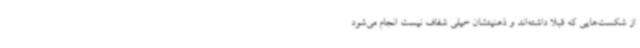
از شکست‌هایی که قبلا داشته‌اند و ذهنیتشان خیلی شفاف نیست انجام می‌شود